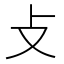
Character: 攴